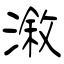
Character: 漵